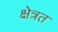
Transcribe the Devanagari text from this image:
क्षेत्रत